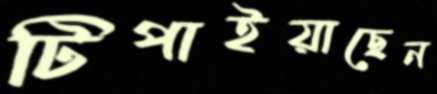
টিপাইয়াছেন